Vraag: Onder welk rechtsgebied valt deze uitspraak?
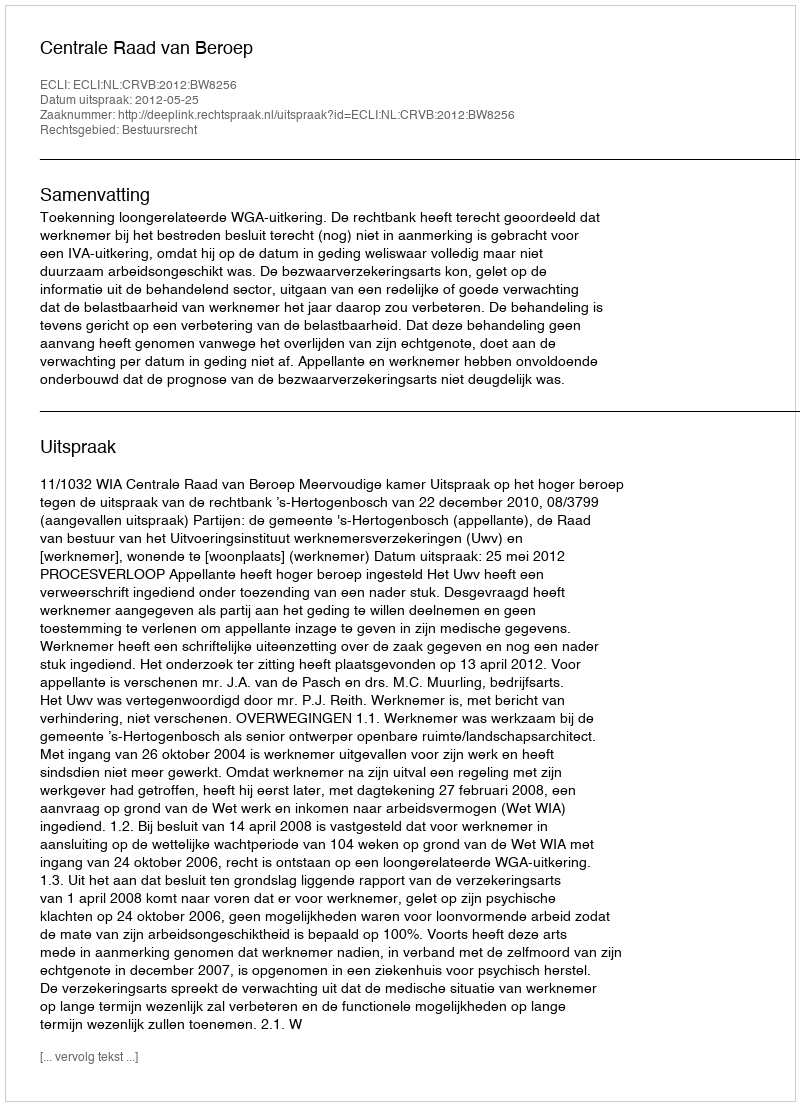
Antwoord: Bestuursrecht